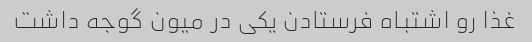
غذا رو اشتباه فرستادن یکی در میون گوجه داشت